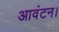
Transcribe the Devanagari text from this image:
आवंटन।